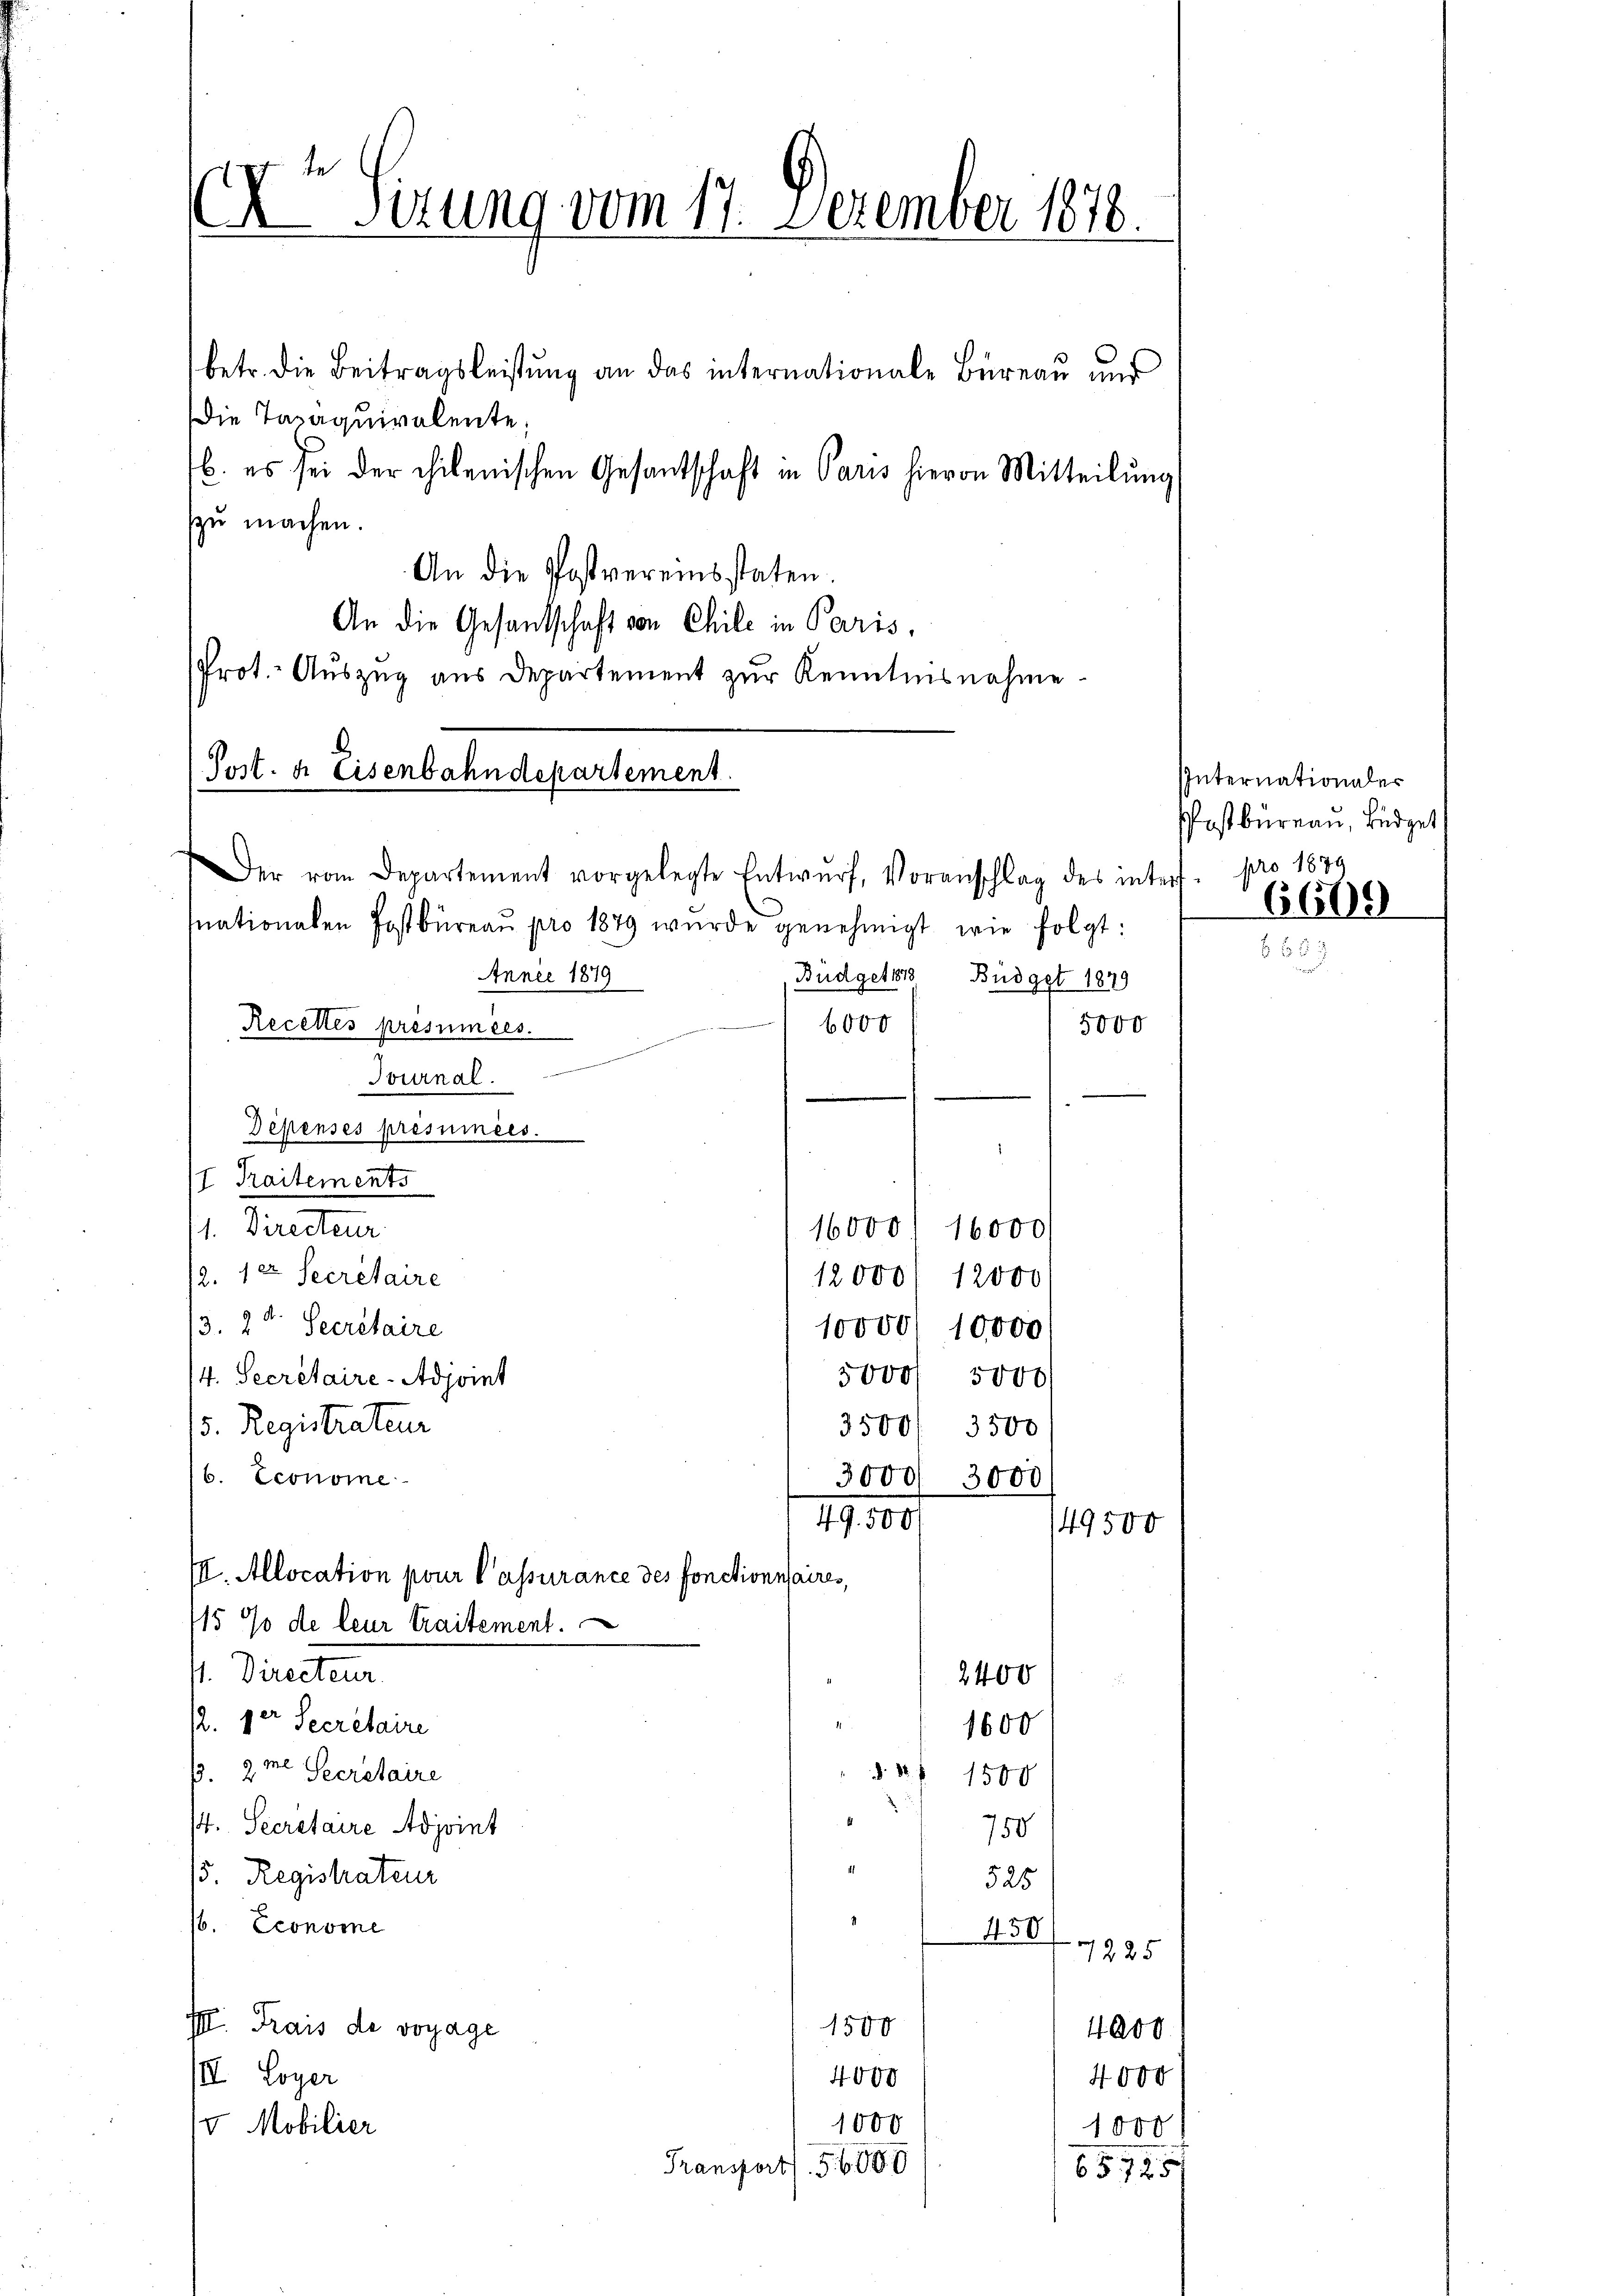
Dr. Sirung vom 17. Dezember 1878.

Post. a. Eisenbahndepartement.

betr. die Beitragsleistung an das internationale Büreau und
Die Taxäquivalente,
zzu machen.
An die Postvereinsstaten.
An die Gesantschaft von Chile in Paris,
Prot.- Auszug aus Departement zur Kenntnisnahme
Der vom Departement vorgelegte Entwurf, Voranschlag des inters. pro 1889
mnationalen Postbüreau pro 1879 wurde genehmigt, wie folgt:
Annee 1879
Budget 11 Büdget 1879
6000
Recettes présumées.
e
Journal.
Dépensés présuinées.
/7 Traitements
1. Directeur.
16000/ 16,000
2. 122. Secretaire
12000. 12000
3. 2t. Secretaire
10000/ 10,000
5000 5000
/4. Secretaire-Adjoint
15. Registrateur
3500/ 3500
b. Econome
3000 3000
49. 500
49500
I. Allocation pour l’assurance des fonctionnaires,
115 % de leur traitement.
st. Directeur
2400
2
12. der Secretaire
1600
(3.2m Secretaire
§. 8 f 1500
/4. Secretaire Adjoint
750
14.
15. Registrateur
525
16. Econome
450
7225
1500
I. Frais de vogage
4000
II Loyer
4000
4000
1000
v Mobilier
1000

b. es sei der chilenischen Gesantschaft in Paris hievon Mitteilung

Transport. 56000

5745

5000

Internationaler
PPostbüreau, Büdget
6600